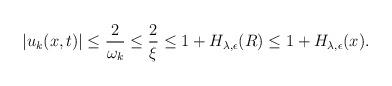
LaTeX: \begin{align*} \begin{aligned} |u_k(x,t)|\leq \frac{2}{\omega_k}\leq \frac{2}{\xi}\leq 1+H_{\lambda,\epsilon}(R)\leq 1+H_{\lambda,\epsilon}(x).\\ \end{aligned} \end{align*}